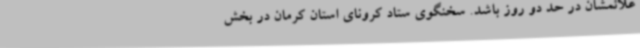
علائمشان در حد دو روز باشد. سخنگوی ستاد کرونای استان کرمان در بخش